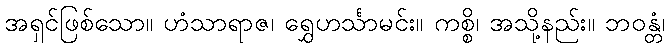
အရှင်ဖြစ်သော။ ဟံသာရာဇ၊ ရွှေဟင်္သာမင်း။ ကစ္စိ၊ အသို့နည်း။ ဘဝန္တံ၊